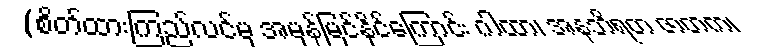
(စိတ်ထားကြည်လင်မှ အမှန်မြင်နိုင်ကြောင်း ဂါထာ၊ အနဘိရတ ဇာတက၊